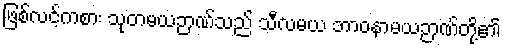
ဖြစ်လင့်ကစား သုတမယဉာဏ်သည် သီလမယ ဘာဝနာမယဉာဏ်တို့၏